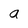
Character: a